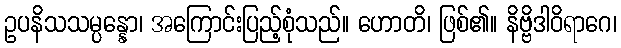
ဥပနိသသမ္ပန္နော၊ အကြောင်းပြည့်စုံသည်။ ဟောတိ၊ ဖြစ်၏။ နိဗ္ဗိဒါဝိရာဂေ၊